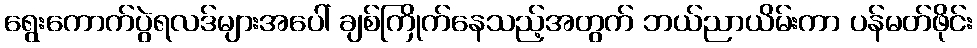
ရွေးကောက်ပွဲရလဒ်များအပေါ် ချစ်ကြိုက်နေသည့်အတွက် ဘယ်ညာယိမ်းကာ ပန်မတ်ဖိုင်း